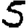
Digit: 5